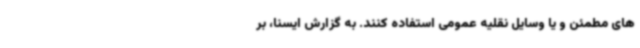
های مطمئن و یا وسایل نقلیه عمومی استفاده کنند. به گزارش ایسنا، بر